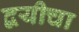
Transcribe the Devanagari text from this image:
द्वयीचा